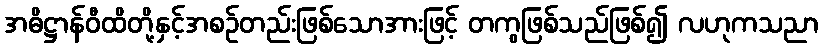
အဓိဋ္ဌာန်ဝီထိတို့နှင့်အစဉ်တည်းဖြစ်သောအားဖြင့် တကွဖြစ်သည်ဖြစ်၍ လဟုကသညာ